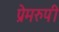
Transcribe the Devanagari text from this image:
प्रेमरुपी